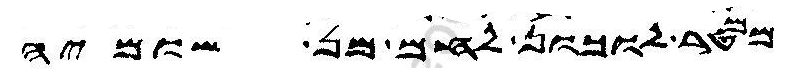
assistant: ממטר לוכון לחם מן שומיה